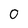
Character: O